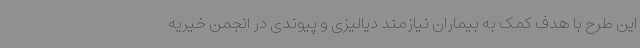
این طرح با هدف کمک به بیماران نیازمند دیالیزی و پیوندی در انجمن خیریه